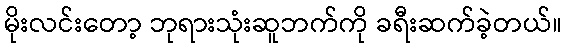
မိုးလင်းတော့ ဘုရားသုံးဆူဘက်ကို ခရီးဆက်ခဲ့တယ်။